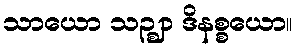
သာယော သဉ္ဈာ ဒိနစ္စယော။